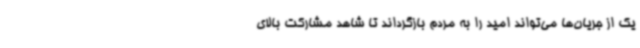
یک از جریان‌ها می‌تواند امید را به مردم بازگرداند تا شاهد مشارکت بالای